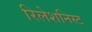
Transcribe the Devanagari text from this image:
रिलेशनिस्ट